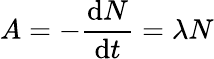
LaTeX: A=-{\frac{\mathrm{d}N}{\mathrm{d}t}}=\lambda N